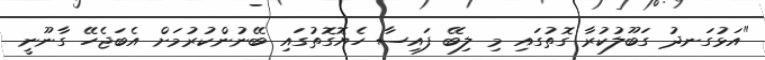
"އަޅުގަނދު ގަބޫލުކުރާ ގޮތުގައި މި ލިބޭ ފައިސާ ހެޔޮގޮތުގައި ބޭނުންކުރުމަށް އެބަޖެހޭ ގާނޫނީ